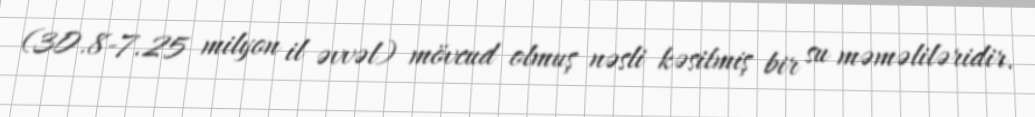
(30.8-7.25 milyon il əvvəl) mövcud olmuş nəsli kəsilmiş bir su məməliləridir.